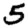
Digit: 5